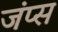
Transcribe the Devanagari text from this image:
जंप्स